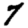
Digit: 7